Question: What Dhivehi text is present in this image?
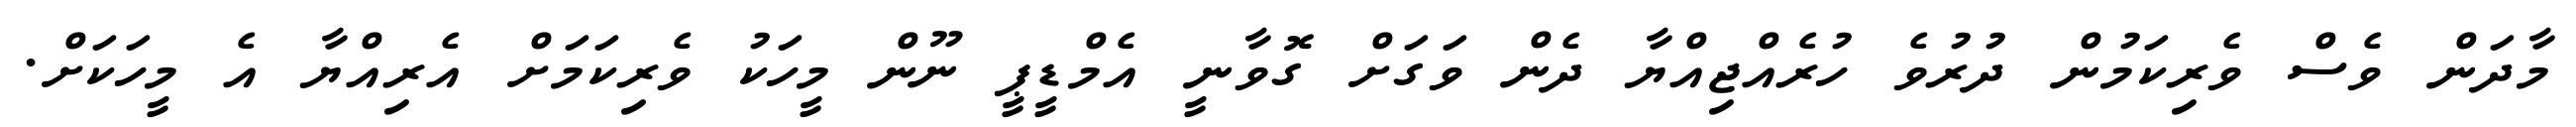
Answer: މާދަން ވެސް ވެރިކަމުން ދުރުވެ ހުރެއްޖިއްޔާ ދެން ވަގަށް ގޮވާނީ އެމްޑީޕީ ނޫން މީހަކު ވެރިކަމަށް އެރިއްޔާ އެ މީހަކަށް.